Civil Veterinary Department Bihar & Orissa reports 1929-36 - 1929-1936
Year: 1929
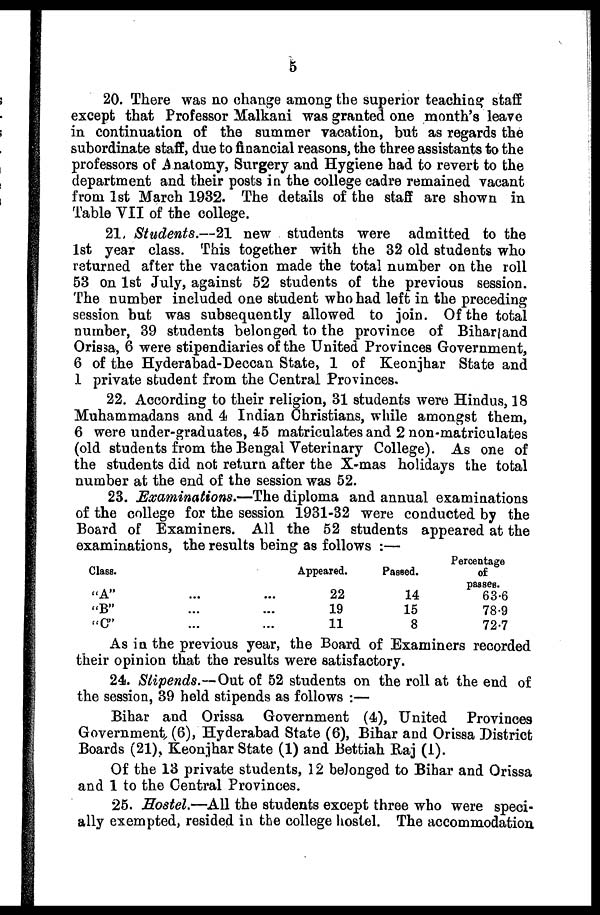
5
20. There was no change among the superior teaching staff
except that Professor Malkani was granted one month's leave
in continuation of the summer vacation, but as regards the
subordinate staff, due to financial reasons, the three assistants to the
professors of Anatomy, Surgery and Hygiene had to revert to the
department and their posts in the college cadre remained vacant
from 1st March 1932. The details of the staff are shown in
Table VII of the college.
21. Students.—21 new students were admitted to the
1st year class. This together with the 32 old students who
returned after the vacation made the total number on the roll
53 on 1st July, against 52 students of the previous session.
The number included one student who had left in the preceding
session but was subsequently allowed to join. Of the total
number, 39 students belonged to the province of Bihar|and
Orissa, 6 were stipendiaries of the United Provinces Government,
6 of the Hyderabad-Deccan State, 1 of Keonjhar State and
1 private student from the Central Provinces.
22. According to their religion, 31 students were Hindus, 18
Muhammadans and 4 Indian Christians, while amongst them,
6 were under-graduates, 45 matriculates and 2 non-matriculates
(old students from the Bengal Veterinary College). As one of
the students did not return after the X-mas holidays the total
number at the end of the session was 52.
23. Examinations.—The diploma and annual examinations
of the college for the session 1931-32 were conducted by the
Board of Examiners. All the 52 students appeared at the
examinations, the results being as follows :—
Class.
"A" ... ...
"B" ... ...
"C" ... ...
Appeared.
22
19
11
Passed.
14
15
8
Percentage
of
passes.
63.6
78.9
72.7
As in the previous year, the Board of Examiners recorded
their opinion that the results were satisfactory.
24. Slipends.—Out of 52 students on the roll at the end of
the session, 39 held stipends as follows :—
Bihar and Orissa Government (4), United Provinces
Government (6), Hyderabad State (6), Bihar and Orissa District
Boards (21), Keonjhar State (1) and Bettiah Raj (1).
Of the 13 private students, 12 belonged to Bihar and Orissa
and 1 to the Central Provinces.
25. Hostel.—All the students except three who were speci-
ally exempted, resided in the college hostel. The accommodation